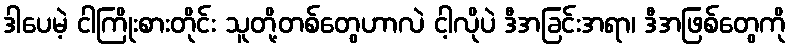
ဒါပေမဲ့ ငါကြိုးစားတိုင်း သူတို့တစ်တွေဟာလဲ ငါ့လိုပဲ ဒီအခြင်းအရာ၊ ဒီအဖြစ်တွေကို